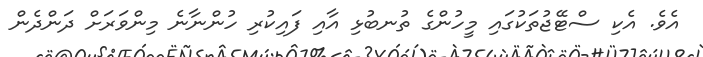
އެވެ. އެކި ސްޓޭޖުތަކުގައި މީހުންގެ ތުނބުޅި އާއި ފައިކުރި ހުންނާނެ މިންވަރަށް ދަންދެން